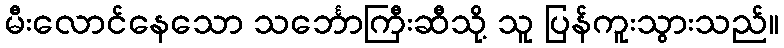
မီးလောင်နေသော သင်္ဘောကြီးဆီသို့ သူ ပြန်ကူးသွားသည်။